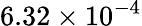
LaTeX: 6.32\times 10^{-4}